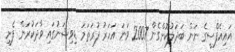
އައިއެފްސީގެ ނަން ބަދަލުކޮށްގެން 2007 ވަނަ އަހަރު ފުރަތަމަ ޑިވިޝަނުގައި ވާދަކުރަން ފެށި